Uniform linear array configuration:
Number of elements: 8
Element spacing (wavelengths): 0.5
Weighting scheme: binomial
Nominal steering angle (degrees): -60
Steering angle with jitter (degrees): -60.909
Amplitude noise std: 0.05
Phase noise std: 0.05

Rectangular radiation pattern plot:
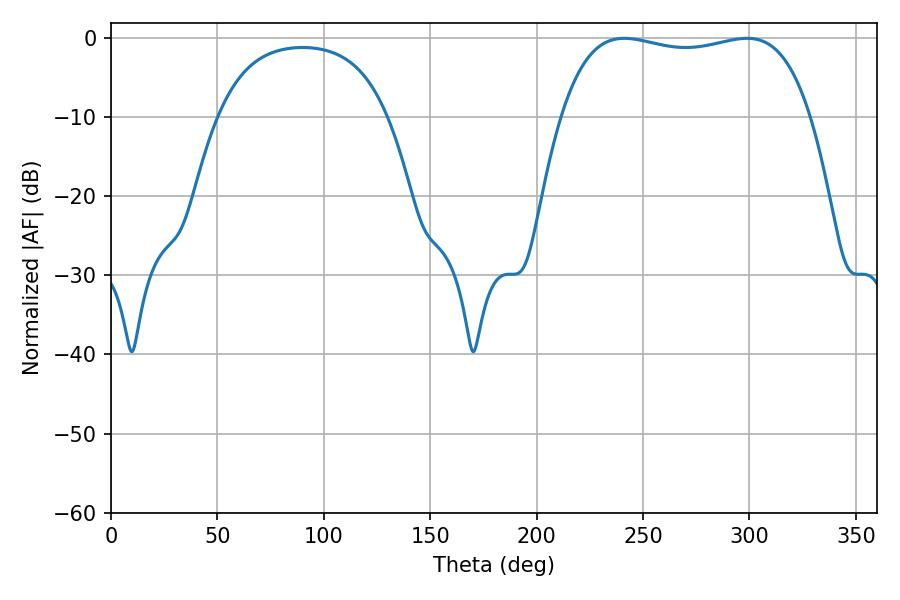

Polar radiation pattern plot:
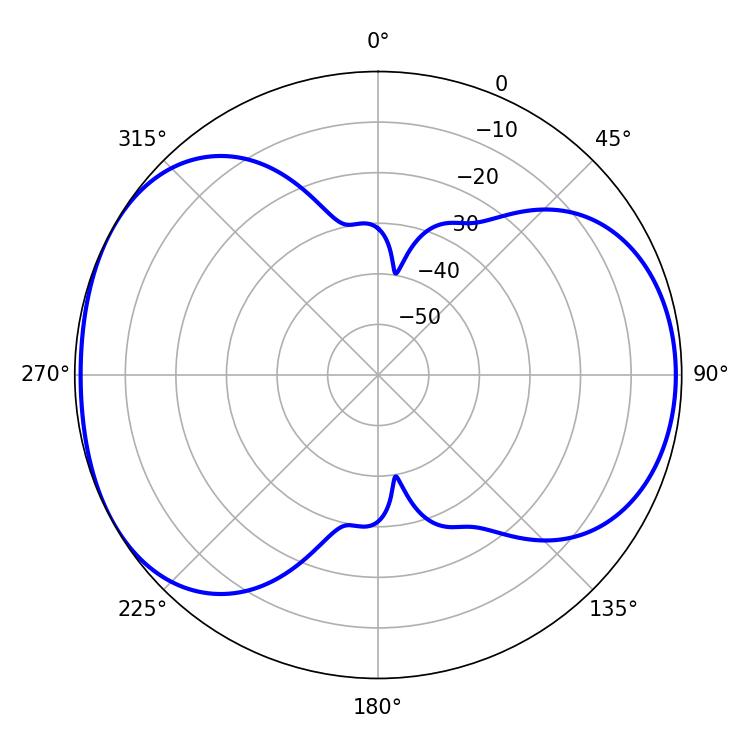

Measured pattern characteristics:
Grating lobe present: FALSE
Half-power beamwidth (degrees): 94.32
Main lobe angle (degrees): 241.2